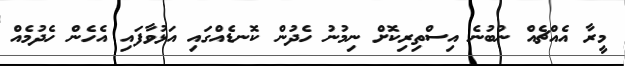
މީރާ އެއްޗެއް ނުބުނެ އިސްތިރިކޮށް ނިމުނު ހެދުން ކޮނޑެއްގައި އަޅުވާފައި އެހެން ހެދުމެއް